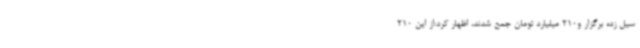
سیل زده برگزار و210 میلیارد تومان جمع شدند، اظهار کرد:از این 210